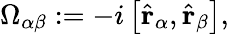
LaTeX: \Omega_{\alpha\beta}:=-i\left[\hat{\mathbf{r}}_{\alpha},\hat{\mathbf{r}}_{\beta}\right],